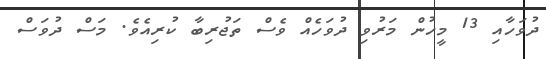
ދުވަހާއި 13 މީހުން މަރުވި ދުވަހެއް ވެސް ތަޖުރިބާ ކުރިއެވެ. މަސް ދުވަސް